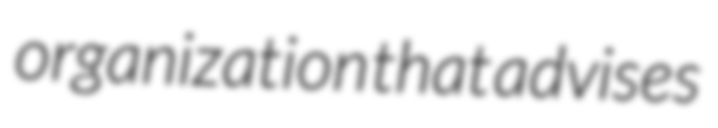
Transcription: organization that advises